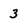
Character: 3